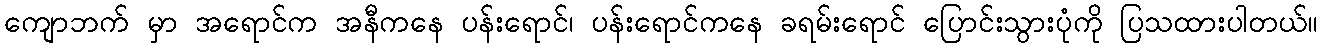
ကျောဘက် မှာ အရောင်က အနီကနေ ပန်းရောင်၊ ပန်းရောင်ကနေ ခရမ်းရောင် ပြောင်းသွားပုံကို ပြသထားပါတယ်။